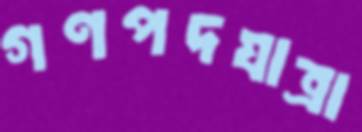
গণপদযাত্রা